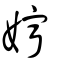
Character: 嬣